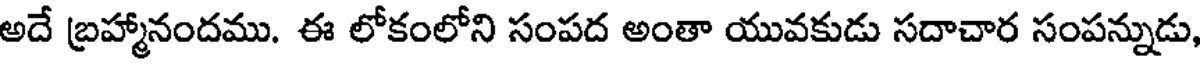
అదే బ్రహ్మానందము. ఈ లోకంలోని సంపద అంతా యువకుడు సదాచార సంపన్నుడు,